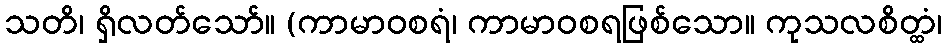
သတိ၊ ရှိလတ်သော်။ (ကာမာဝစရံ၊ ကာမာဝစရဖြစ်သော။ ကုသလစိတ္ထံ၊